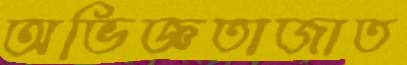
অভিজ্ঞতাজাত